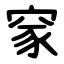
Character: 䆥